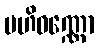
ဗဟိဝဏ္ဏော